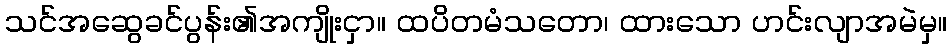
သင်အဆွေခင်ပွန်း၏အကျိုးငှာ။ ထပိတမံသတော၊ ထားသော ဟင်းလျာအမဲမှ။